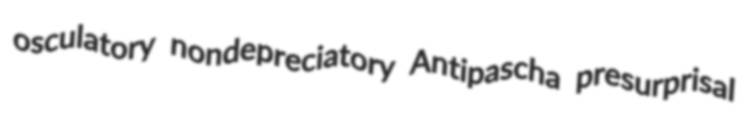
osculatory nondepreciatory Antipascha presurprisal